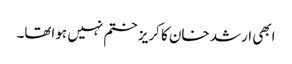
ابھی ارشد خان کا کریز ختم نہیں ہواتھا۔